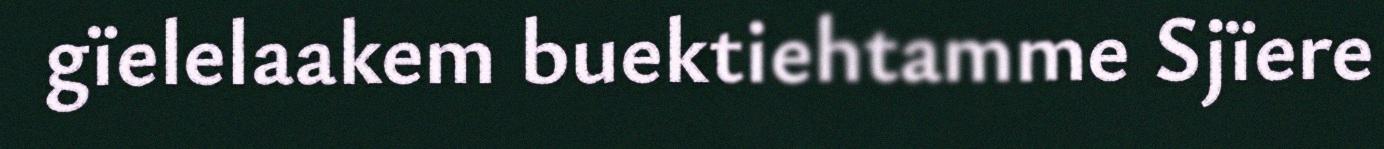
gïelelaakem buektiehtamme Sjïere